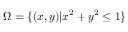
\Omega = \{ ( x , y ) | x ^ { 2 } + y ^ { 2 } \leq 1 \}